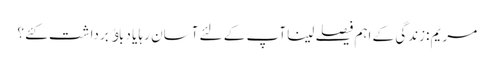
مریم :زندگی کے اہم فیصلے لینا آپ کے لئے آسان رہا یا دباﺅ برداشت کئے ؟